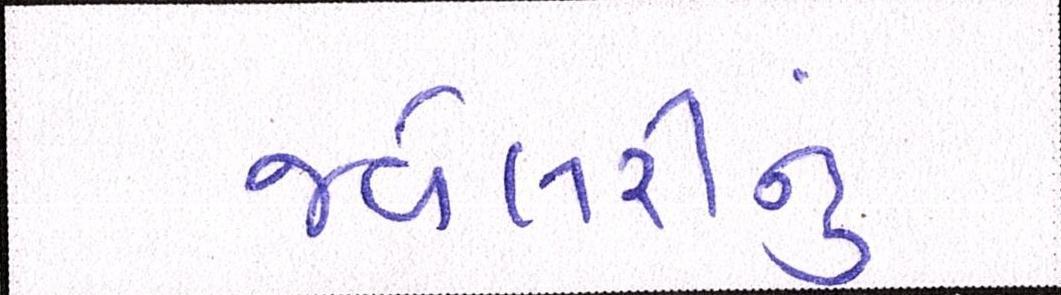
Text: જવેલરીનું